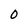
Character: 0